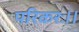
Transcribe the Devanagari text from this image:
परिकरः।।